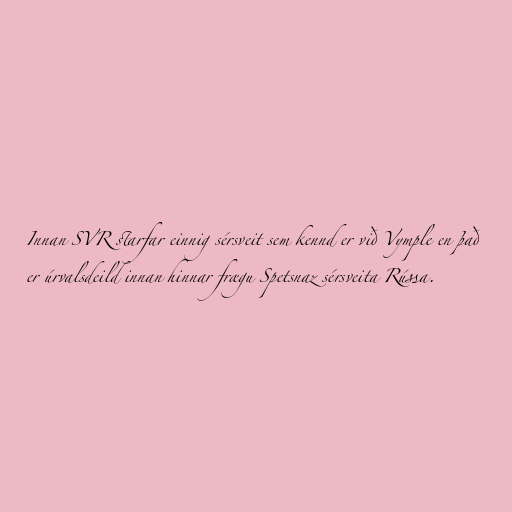
Innan SVR starfar einnig sérsveit sem kennd er við Vymple en það
er úrvalsdeild innan hinnar frægu Spetsnaz sérsveita Rússa.